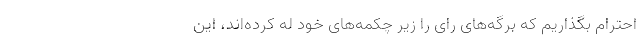
احترام بگذاریم که برگه‌های رای را زیر چکمه‌های خود له کرده‌اند، این